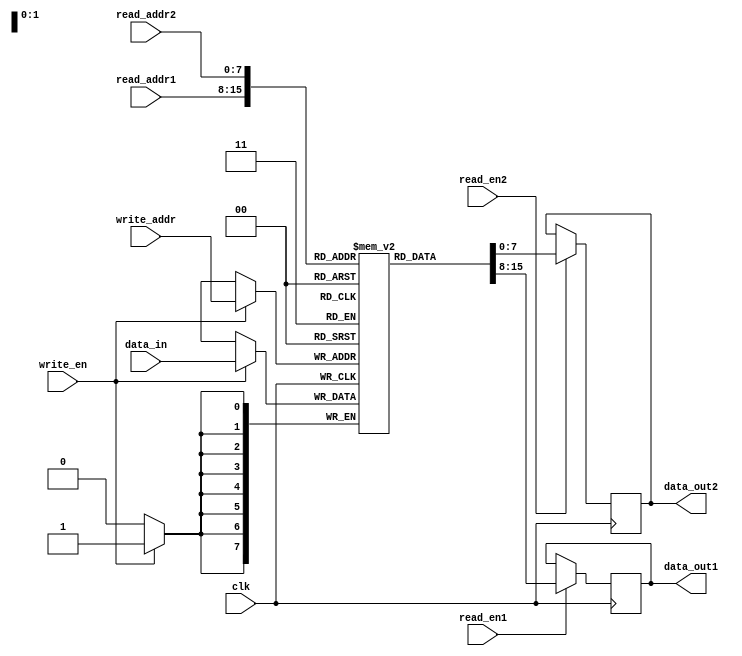
module dual_port_ram (
    input clk,
    input [7:0] read_addr1,
    output reg [7:0] data_out1,
    input read_en1,
    input [7:0] read_addr2,
    output reg [7:0] data_out2,
    input read_en2,
    input [7:0] write_addr,
    input [7:0] data_in,
    input write_en
);

reg [7:0] mem [0:255];

always @(posedge clk) begin
    if (read_en1) begin
        data_out1 <= mem[read_addr1];
    end
    if (read_en2) begin
        data_out2 <= mem[read_addr2];
    end
    if (write_en) begin
        mem[write_addr] <= data_in;
    end
end

endmodule